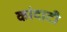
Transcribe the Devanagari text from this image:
कांदाटी